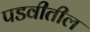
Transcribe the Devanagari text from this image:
पडवीतील